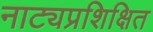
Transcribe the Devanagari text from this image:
नाट्यप्रशिक्षित